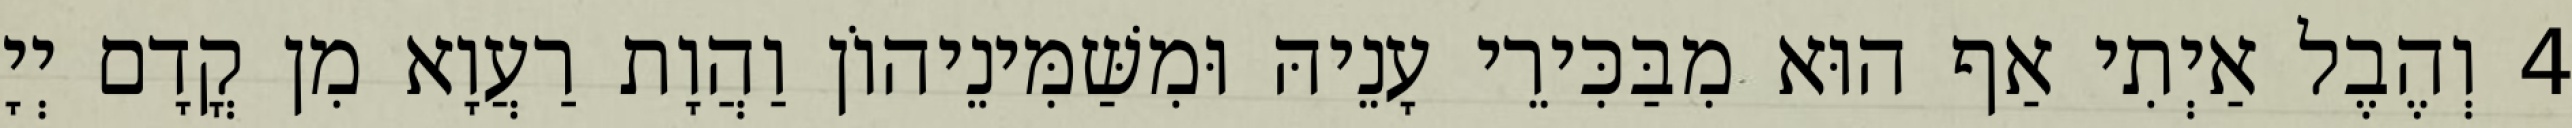
4 וְהֶבֶל אַיְתִי אַף הוּא מִבַּכִּירֵי עָנֵיהּ וּמִשַּׁמִּינֵיהוֹן וַהֲוָת רַעֲוָא מִן קֳדָם יְיָ